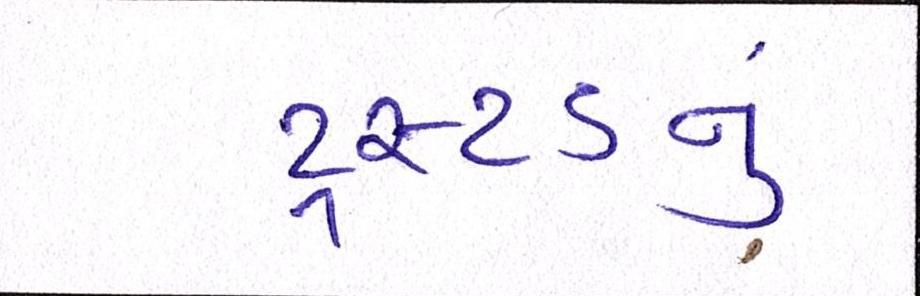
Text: ટ્રસ્ટડનું